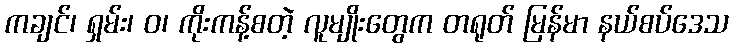
ကချင်၊ ရှမ်း၊ ဝ၊ ကိုးကန့်စတဲ့ လူမျိုးတွေက တရုတ် မြန်မာ နယ်စပ်ဒေသ